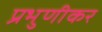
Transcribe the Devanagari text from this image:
प्रभुणीकर